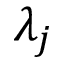
\lambda _ { j }